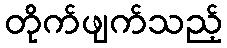
တိုက်ဖျက်သည့်